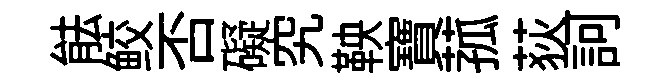
䏻鲛否礙究鞅寶菰荻訶